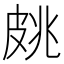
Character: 𱲄